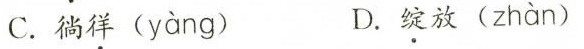
C.徜徉( yàng ) D.绽放( zhàn )